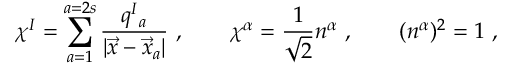
\chi ^ { I } = \sum _ { a = 1 } ^ { a = 2 s } \frac { q ^ { I } { } _ { a } } { | \vec { x } - \vec { x } _ { a } | } \ , \qquad \chi ^ { \alpha } = { \frac { 1 } { \sqrt 2 } } n ^ { \alpha } \ , \qquad ( n ^ { \alpha } ) ^ { 2 } = 1 \ ,